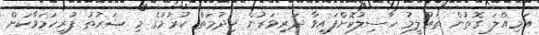
އަމިއްލަ ގޮތުން ތަޢުލީމު ހާސިލުކޮށްފައިވާ ދަރިވަރުން ޚިދުމަތް ކުރުމުގެ މި ޝަރުޠު ފުރިހަމަވާކަށް